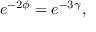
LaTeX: e ^ { - 2 \phi } = e ^ { - 3 \gamma } ,